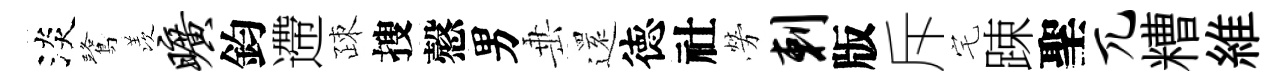
淡鷺羡旷鈞遰疎搜慤男𡸁𮟃徳社勞剌版斥宅踈聖兀糟維